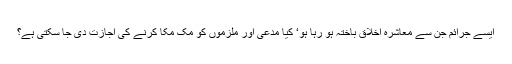
ایسے جرائم جن سے معاشرہ اخلاق باختہ ہو رہا ہو‘ کیا مدعی اور ملزموں کو مک مکا کرنے کی اجازت دی جا سکتی ہے؟